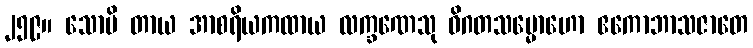
၂၅၉။ သောပိ တာယ အာစရိယကထာယ လက္ခဏေသု ဝိဂတသမ္မောဟော ဧကောဘာသဇာတေ